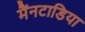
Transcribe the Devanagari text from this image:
मैंनटाडिया